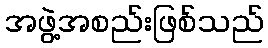
အဖွဲ့အစည်းဖြစ်သည်